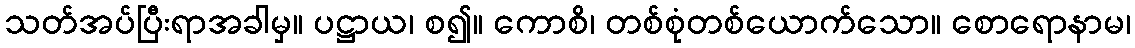
သတ်အပ်ပြီးရာအခါမှ။ ပဋ္ဌာယ၊ စ၍။ ကောစိ၊ တစ်စုံတစ်ယောက်သော။ စောရောနာမ၊